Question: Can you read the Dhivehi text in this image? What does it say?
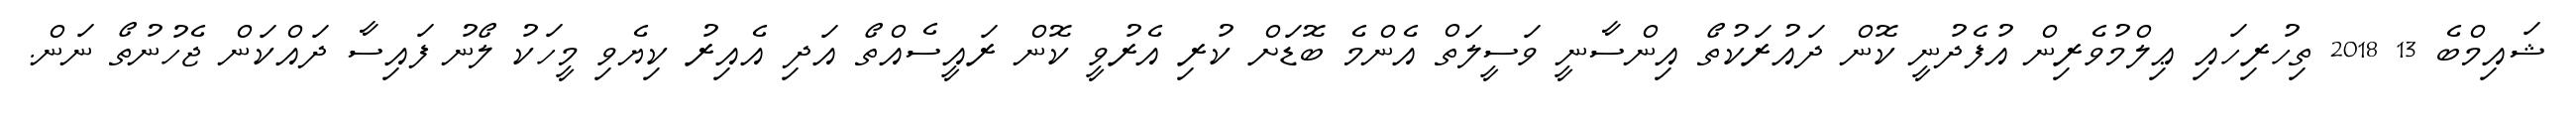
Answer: ޝައިމްބެ 13 2018 ތިހުރިހައި ޢިލްމުވެރިން އުފެދުނީ ކޮން ދައުރަކުތޯ އިންސާނީ ވަސީލަތް އެންމެ ބޮޑަށް ކުރި އެރުވީ ކޮން ރައީސެއްތޯ އަދި އެއިރު ކިޔެވި މީހަކު ލޯނު ފައިސާ ދައްކަން ޖެހުނުތޯ ނަން.